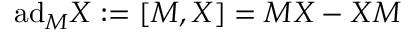
\mathrm { a d } _ { M } X : = [ M , X ] = M X - X M